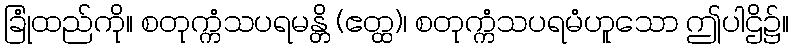
ခြုံထည်ကို။ စတုက္ကံသပရမန္တိ (ဧတ္ထ)၊ စတုက္ကံသပရမံဟူသော ဤပါဌိ၌။